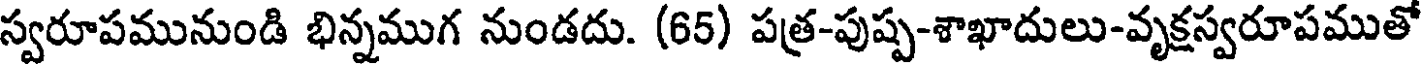
స్వరూపమునుండి భిన్నముగ నుండదు. (65) పత్ర-పుష్ప-శాఖాదులు-వృక్షస్వరూపముతో